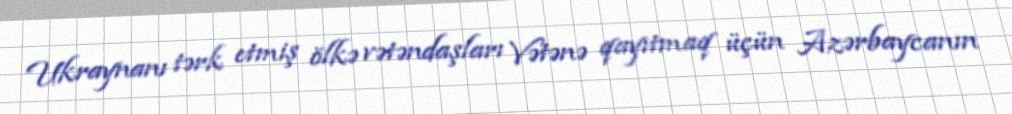
Ukraynanı tərk etmiş ölkə vətəndaşları Vətənə qayıtmaq üçün Azərbaycanın